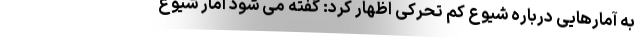
به آمارهایی درباره شیوع کم تحرکی اظهار کرد: گفته می شود آمار شیوع